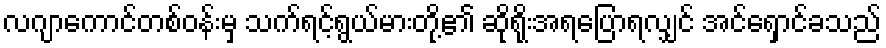
လဂျာကောင်တစ်ဝန်းမှ သက်ရင့်ရွယ်မားတို့၏ ဆိုရိုးအရပြောရလျှင် အင်ရှောင်ခသည်